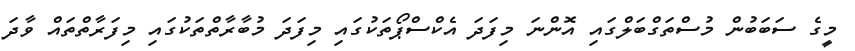
މީގެ ސަބަބުން މުސްތަގްބަލްގައި އޮންނަ މިފަދަ އެކްސްޕޯތަކުގައި މިފަދަ މުބާރާތްތަކުގައި މިފަރާތްތައް ވާދަ